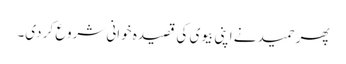
پھر حمید نے اپنی بیوی کی قصیدہ خوانی شروع کر دی۔